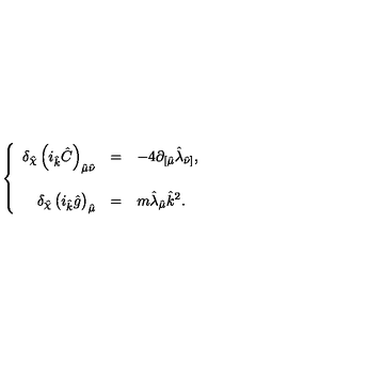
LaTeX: \left\{ \begin{array} { r c l } { \delta _ { \hat { \chi } } \left( i _ { \hat { k } } \hat { C } \right) _ { \hat { \mu } \hat { \nu } } } & { = } & { - 4 \partial _ { [ \hat { \mu } } \hat { \lambda } _ { \hat { \nu } ] } , } \\ { } & { } & { } \\ { \delta _ { \hat { \chi } } \left( i _ { \hat { k } } \hat { g } \right) _ { \hat { \mu } } } & { = } & { m \hat { \lambda } _ { \hat { \mu } } \hat { k } ^ { 2 } . } \\ \end{array} \right.